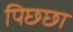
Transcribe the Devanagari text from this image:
पिछ्छा